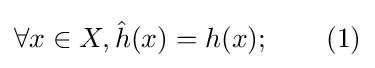
\forall x\in X,{\hat {h}}(x)=h(x);\qquad (1)